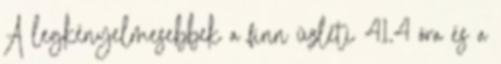
A legkényelmesebbek a finn üzleti 41,4 óra és a